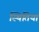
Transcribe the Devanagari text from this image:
स्थितिया